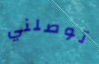
توصلني